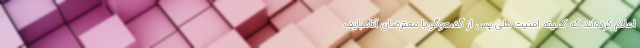
اعلام کرده‌اند که کمیته امنیت ملی پس از گفت‌وگو با معترضان آتامبایف